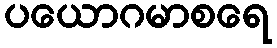
ပယောဂမာစရေ